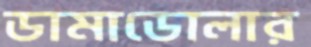
ডামাডোলার